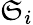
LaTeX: \mathfrak{S}_{i}